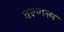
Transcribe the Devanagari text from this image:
वरूणस्य